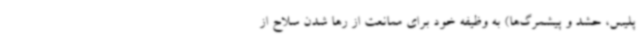
پلیس، حشد و پیشمرگ‌ها) به وظیفه خود برای ممانعت از رها شدن سلاح از